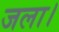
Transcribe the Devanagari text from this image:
जला।